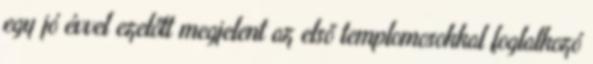
egy jó évvel ezelőtt megjelent az első templomosokkal foglalkozó